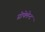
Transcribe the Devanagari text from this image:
प्रोपेलेन्ट